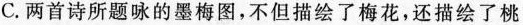
C.两首诗所题咏的墨梅图，不但描绘了梅花，还描绘了桃